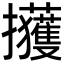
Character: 𫾢